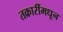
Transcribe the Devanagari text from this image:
तक्रारींमधून